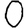
Digit: 0